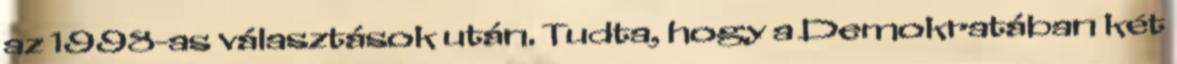
az 1998-as választások után. Tudta, hogy a Demokratában két